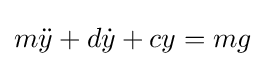
m{\ddot {y}}+d{\dot {y}}+cy=mg